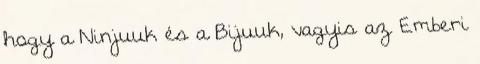
hogy a Ninjuuk és a Bijuuk, vagyis az Emberi